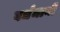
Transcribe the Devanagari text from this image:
वर्धमानी